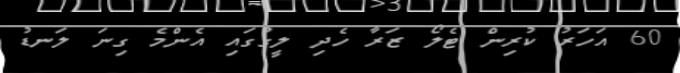
60 އަހަރު ކުރިން ޓެލޯ ޒަރާ ހެދި ލީގުގައި އެންމެ ގިނަ ލަނޑު